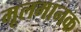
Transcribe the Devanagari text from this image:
मूलमानक